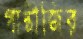
গান্ধীজির